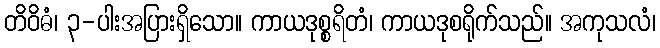
တိဝိဓံ၊ ၃-ပါးအပြားရှိသော။ ကာယဒုစ္စရိတံ၊ ကာယဒုစရိုက်သည်။ အကုသလံ၊